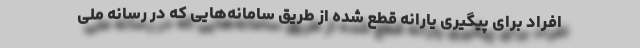
افراد برای پیگیری یارانه قطع شده از طریق سامانه‌هایی که در رسانه ملی